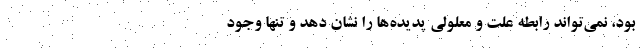
بود، نمی‌تواند رابطه علت و معلولی پدیده‌ها را نشان دهد و تنها وجود